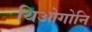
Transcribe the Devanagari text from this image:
थिओगोनि